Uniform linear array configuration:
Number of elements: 24
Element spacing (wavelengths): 1
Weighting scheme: cosine
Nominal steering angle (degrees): -60
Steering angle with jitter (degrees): -59.674
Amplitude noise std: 0.05
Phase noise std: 0.05

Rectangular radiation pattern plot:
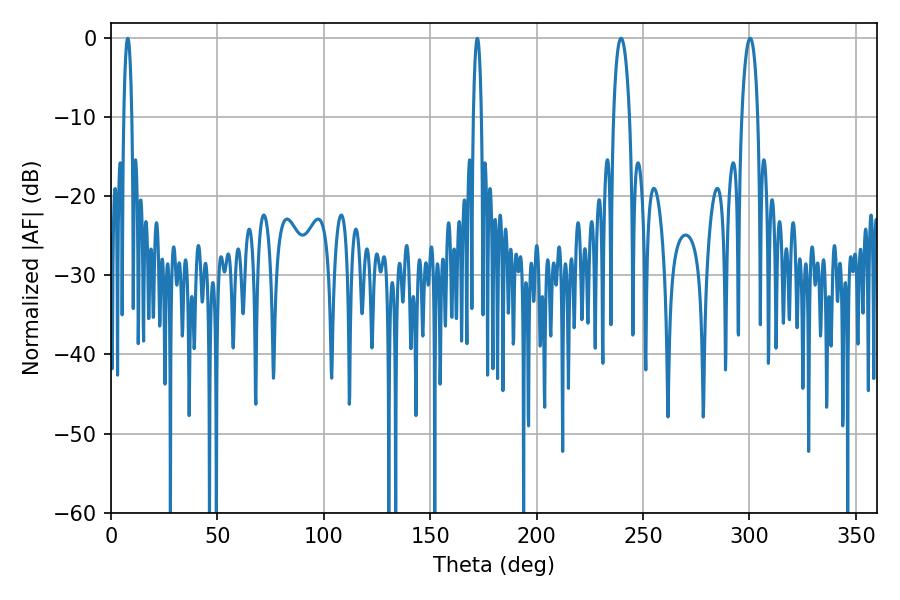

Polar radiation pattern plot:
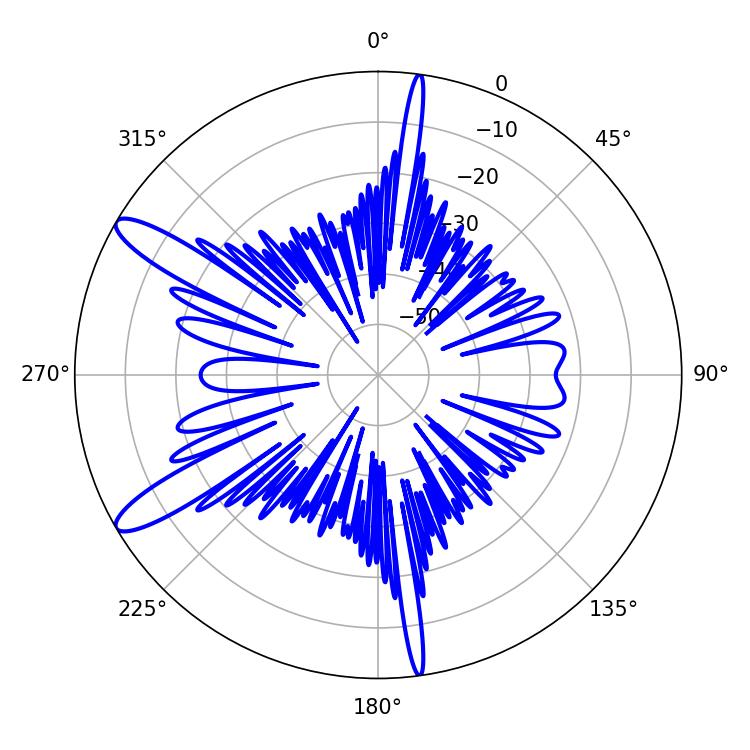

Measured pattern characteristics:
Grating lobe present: TRUE
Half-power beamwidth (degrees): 4.32
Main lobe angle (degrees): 239.76